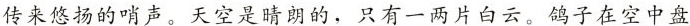
传来悠扬的哨声。天空是晴朗的，只有一两片白云。鸽子在空中盘